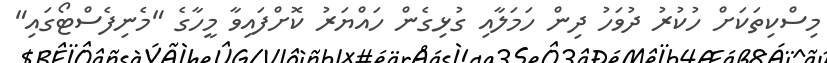
މިސްކިތަކަށް ހުކުރު ދުވަހު ދިން ހަމަލާއި ގުޅިގެން ހައްޔަރު ކޮށްފައިވާ މީހާގެ "މެނިފެސްޓޯގައި"